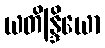
ယတိန္ဒြိယော